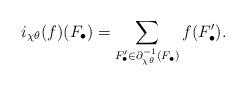
LaTeX: \begin{align*} i_{\chi\theta}(f)(F_\bullet) = \sum_{F'_\bullet\in\partial_{\chi\theta}^{-1}(F_\bullet)} f(F'_\bullet).\end{align*}